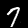
Label: 7